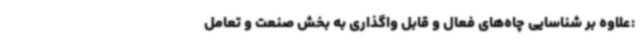
:علاوه بر شناسایی چاه‌های فعال و قابل واگذاری به بخش صنعت و تعامل